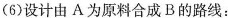
6)设计由A为原料合成B的路线：_。